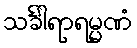
သင်္ခါရာရမ္မဏံ